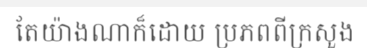
តែយ៉ាងណាក៏ដោយ ប្រភពពីក្រសួង